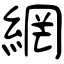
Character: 網